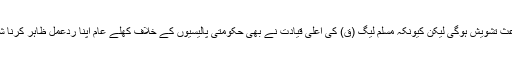
ایم کیو ایم پاکستان کی تحریک انصاف پر یہ بداعتمادی یقیناً عمران خان حکومت کیلئے باعث تشویش ہوگی لیکن کیونکہ مسلم لیگ (ق) کی اعلیٰ قیادت نے بھی حکومتی پالیسیوں کے خلاف کھلے عام اپنا ردعمل ظاہر کرنا شروع کر دیا ہے وہ عمران خان کی حکومت اور اس کی کارکردگی سے مطمئن نہیں ہے ۔